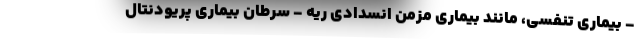
- بیماری تنفسی، مانند بیماری مزمن انسدادی ریه - سرطان بیماری پریودنتال